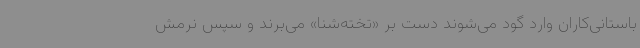
باستانی‌کاران وارد گود می‌شوند دست بر «تخته‌شنا» می‌برند و سپس نرمش